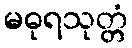
မဓုရသုတ္တံ